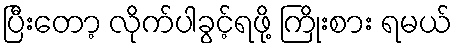
ပြီးတော့ လိုက်ပါခွင့်ရဖို့ ကြိုးစား ရမယ်